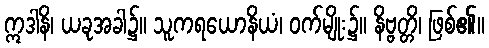
ဣဒါနိ၊ ယခုအခါ၌။ သူကရယောနိယံ၊ ဝက်မျိုး၌။ နိဗ္ဗတ္တိ၊ ဖြစ်၏။